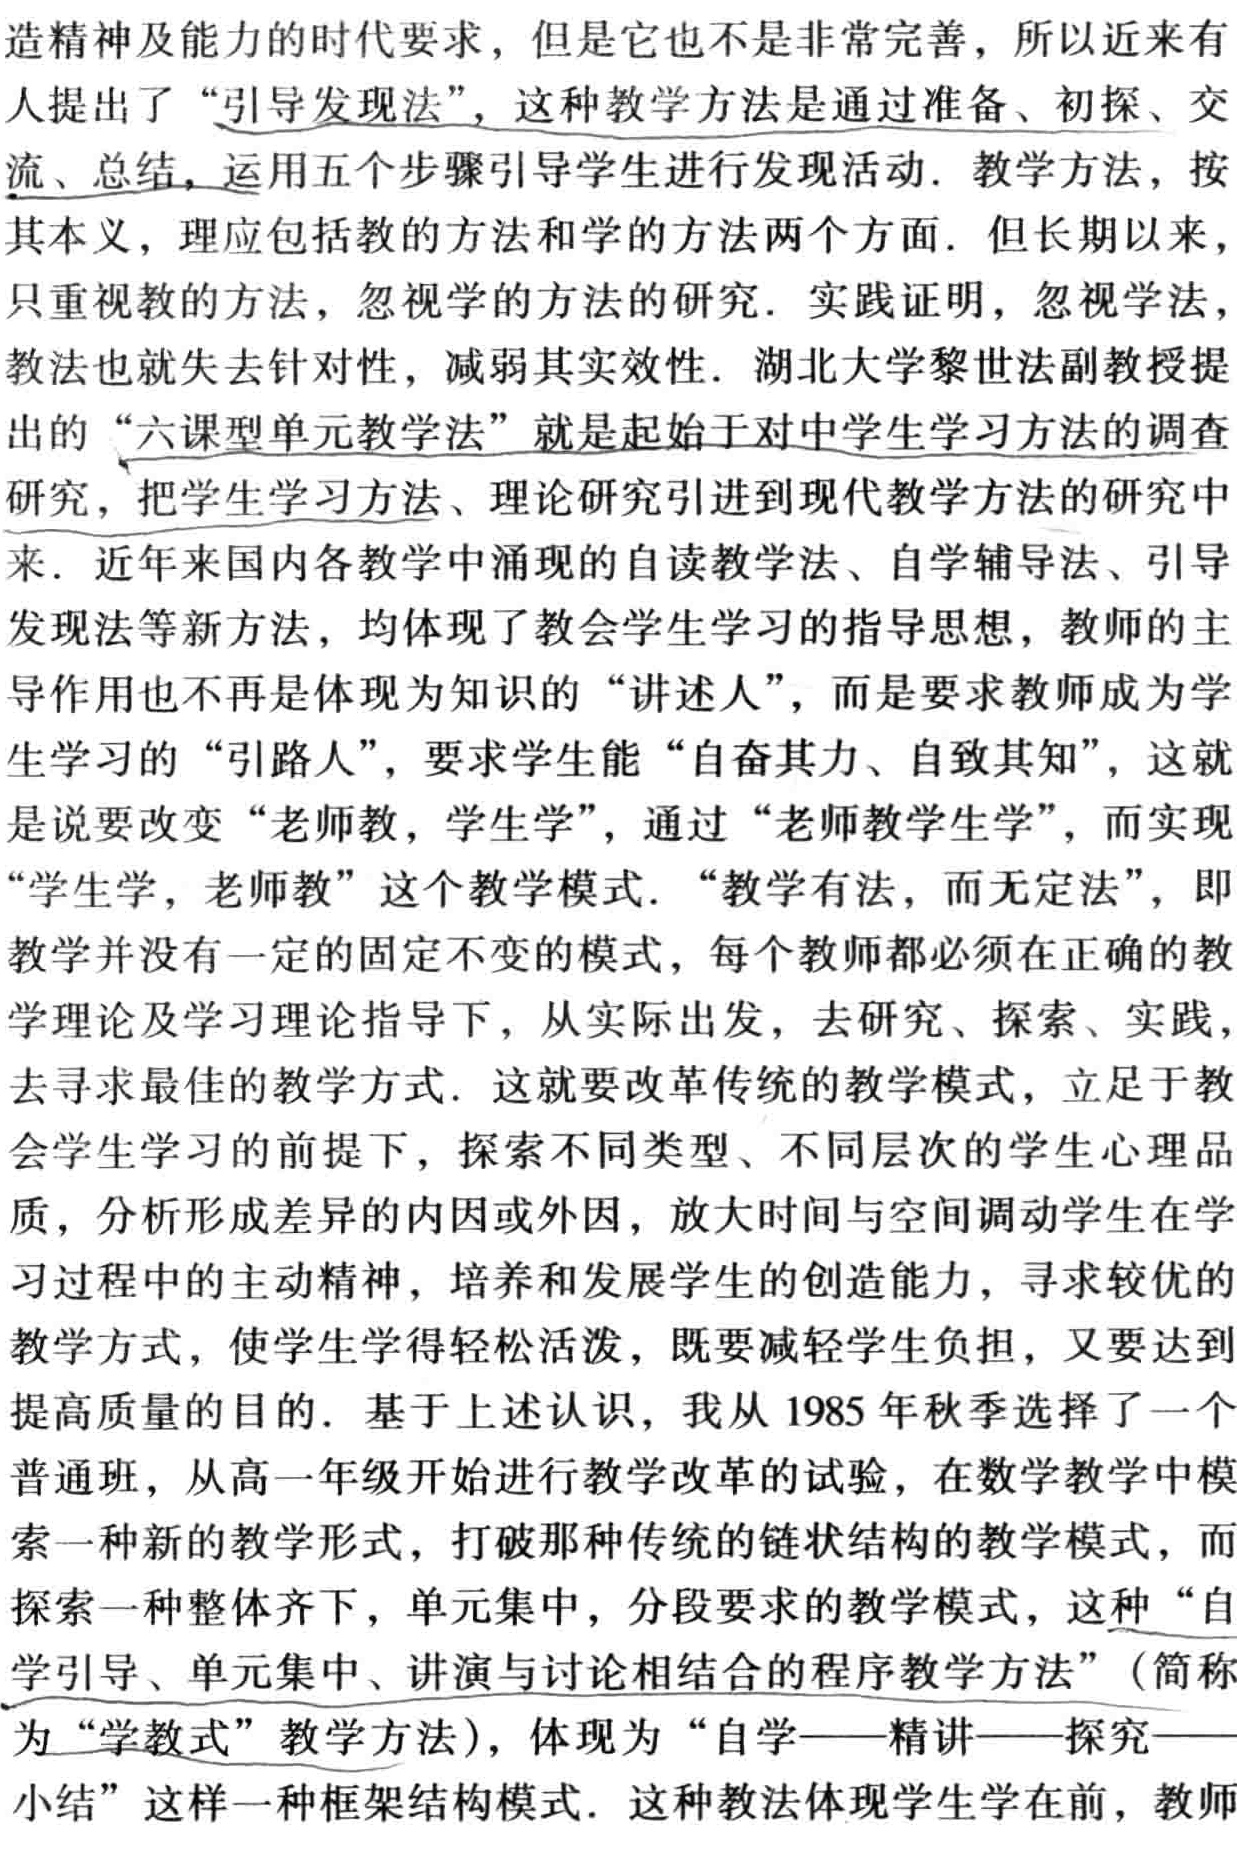
造精神及能力的时代要求，但是它也不是非常完善，所以近来有

人提出了 “引导发现法”，这种教学方法是通过准备、初探、交

流、总结，运用五个步骤引导学生进行发现活动. 教学方法，按

其本义，理应包括教的方法和学的方法两个方面. 但长期以来

只重视教的方法，忽视学的方法的研究. 实践证明，忽视学法，

教法也就失去针对性，减弱其实效性. 湖北大学黎世法副教授提

出的 “六课型单元教学法” 就是起始于对中学生学习方法的调查

研究，把学生学习方法、理论研究引进到现代教学方法的研究中

来. 近年来国内各教学中涌现的自读教学法、自学辅导法、引导

发现法等新方法，体现了教会学生学习的指导思想，教师为主

导作用也不再是体现为知识的 “讲述人”，而是要求教师成为学

生学习的 “引路人”，要求学生能 “自奋其力、自致其知”，这就

是说要改变 “老师教，学生学”，通过 “老师教学生学”，而实现

“学生学，老师教” 这个教学模式. “教学有法，而无定法”，即

教学并没有一定的固定不变的模式，每个教师都必须在正确的教

学理论及学习理论指导下，从实际出发，去研究、探索、实践，

去寻求最佳的教学方式. 这就要改革传统的教学模式，立足于教

会学生学习的前提下，探索不同类型、不同层次的学生心理品

质，分析形成差异的内因或外因，放大时间与空间调动学生在学

习过程中的主动精神，培养和发展学生的创造能力，寻求较优的

教学方式，使学生学得轻松活泼，既要减轻学生负担，又要达到

提高质量的目的. 基于上述认识，我从 1985 年秋季选择了一个

普通班，从高一年级开始进行教学改革的试验，在数学教学中模

索一种新的教学形式，打破那种传统的链状结构的教学模式，而

探索一种整体齐下，单元集中，分段要求的教学模式，这种 “自

学引导、单元集中、讲演与讨论相结合的程序教学方法”（简称

为 “学教式” 教学方法），体现为 “自学——精讲——探究——

小结” 这样一种框架结构模式. 这种教法体现学生学在前，教师